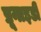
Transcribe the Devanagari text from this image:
प्रूनाइडी